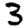
Digit: 3